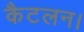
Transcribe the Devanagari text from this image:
कैटलन।